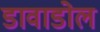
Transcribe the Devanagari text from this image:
डावाडोल